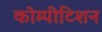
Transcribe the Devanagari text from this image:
कोम्पीटिशन